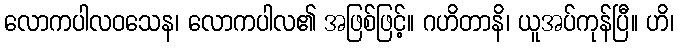
လောကပါလဝသေန၊ လောကပါလ၏ အဖြစ်ဖြင့်။ ဂဟိတာနိ၊ ယူအပ်ကုန်ပြီ။ ဟိ၊